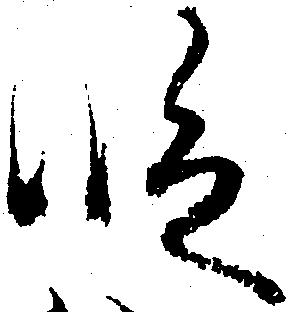
段